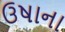
ઉષાના